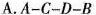
A. A-C-D-B